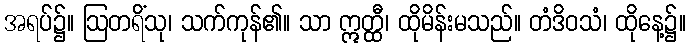
အရပ်၌။ ဩတရိံသု၊ သက်ကုန်၏။ သာ ဣတ္ထီ၊ ထိုမိန်းမသည်။ တံဒိဝသံ၊ ထိုနေ့၌။